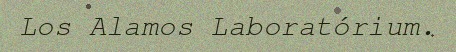
Los Alamos Laboratórium.